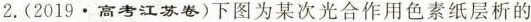
2.(2019·高考江苏卷)下图为某次光合作用色素纸层析的